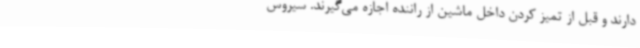
دارند و قبل از تمیز کردن داخل ماشین از راننده اجازه می‌گیرند. سیروس